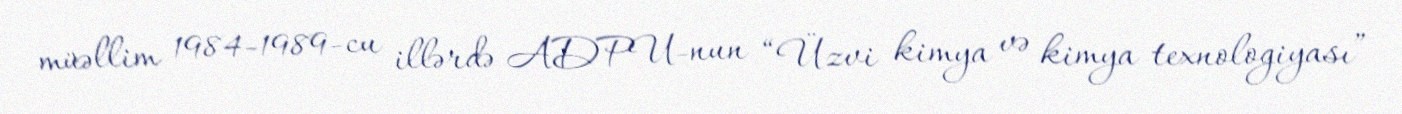
müəllim 1984-1989-cu illərdə ADPU-nun “Üzvi kimya və kimya texnologiyası”